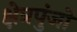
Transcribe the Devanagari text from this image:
क्षेत्रपुंजों